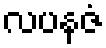
လပနဇံ